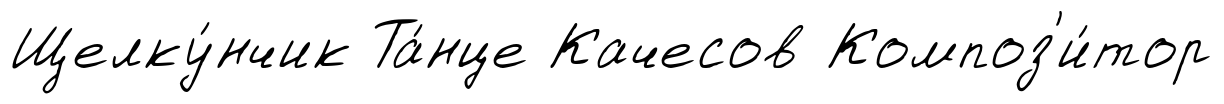
Щелку́нчик Та́нце Качесов Композ'и́тор